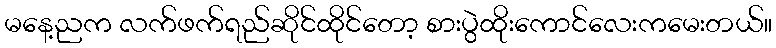
မနေ့ညက လက်ဖက်ရည်ဆိုင်ထိုင်တော့ စားပွဲထိုးကောင်လေးကမေးတယ်။